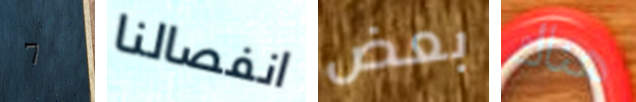
7 انفصالنا بعض هناك